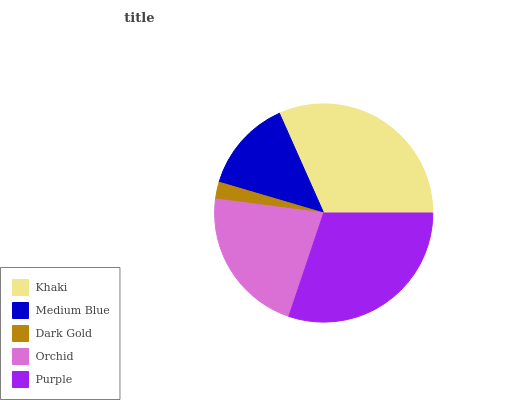
| Khaki | Medium Blue | Dark Gold | Orchid | Purple |
 | --- | --- | --- | --- | --- |
 | 31.7% | 13.8% | 2.5% | 21.8% | 30.2% |